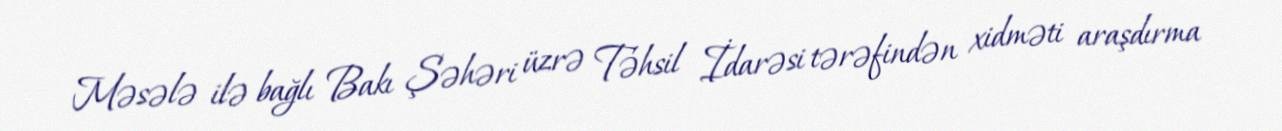
Məsələ ilə bağlı Bakı Şəhəri üzrə Təhsil İdarəsi tərəfindən xidməti araşdırma